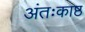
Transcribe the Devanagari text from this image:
अंतःकाष्ठ